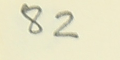
82